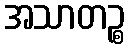
အသာတဉ္စ